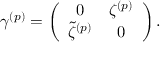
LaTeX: \gamma ^ { ( p ) } = \left( \begin{array} { c c } { { 0 } } & { { \zeta ^ { ( p ) } } } \\ { { \tilde { \zeta } ^ { ( p ) } } } & { { 0 } } \end{array} \right) .